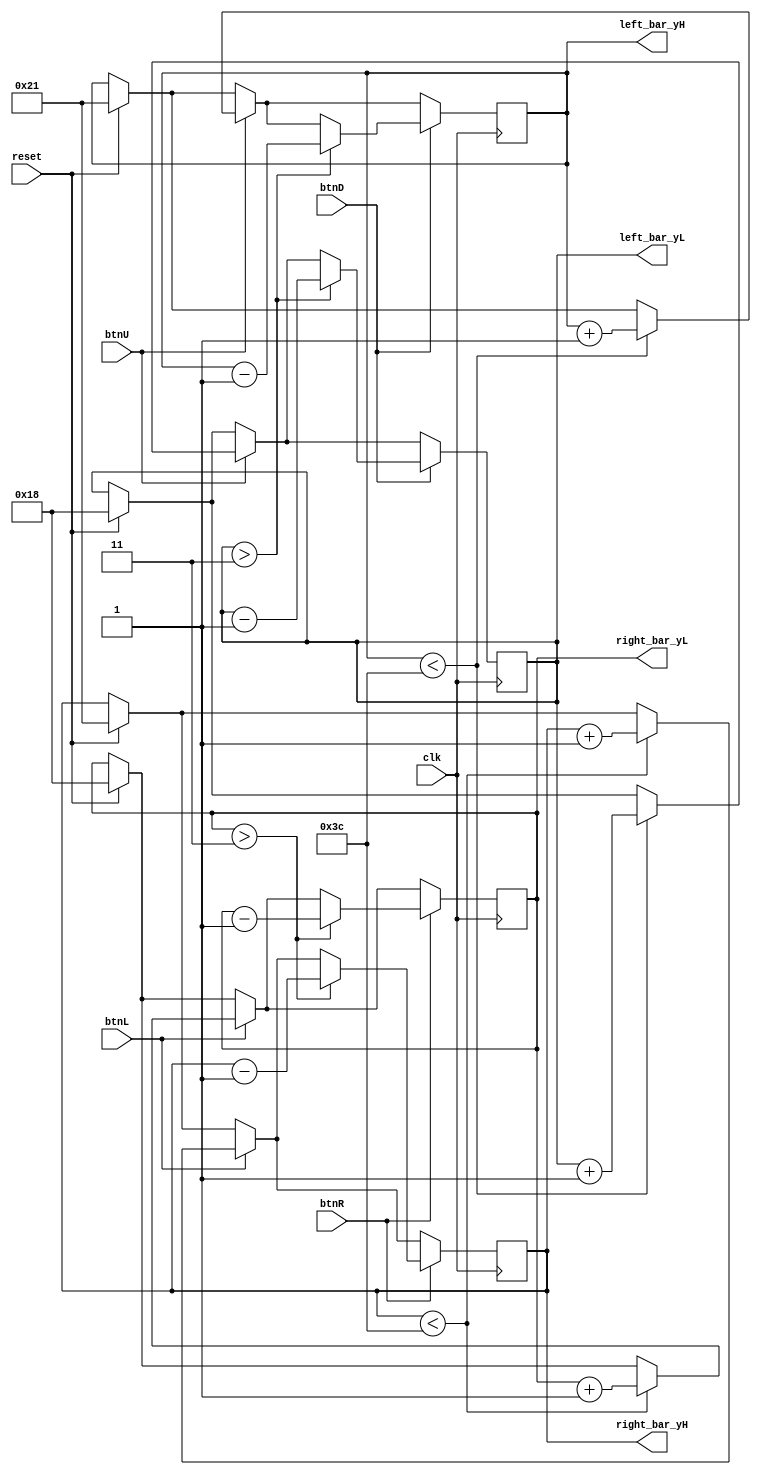
`timescale 1ns / 1ps
//////////////////////////////////////////////////////////////////////////////////
// Company: 
// Engineer: 
// 
// Design Name: 
// Module Name: buttons
// Project Name: 
// Target Devices: 
// Tool Versions: 
// Description: 
// 
// Dependencies: 
// 
// Revision:
// Revision 0.01 - File Created
// Additional Comments:
// 
//////////////////////////////////////////////////////////////////////////////////


module buttons(
    input clk,
    input btnU,
    input btnD,
    input btnL,
    input btnR,
    input reset,
    output reg [5:0] left_bar_yL = 24,
    output reg [5:0] left_bar_yH = 33,
    output reg [5:0] right_bar_yL = 24,
    output reg [5:0] right_bar_yH = 33
    );
    
    always @ (posedge clk) begin
        if (reset) begin
            left_bar_yL <= 24;
            left_bar_yH <= 33;
            right_bar_yL <= 24;
            right_bar_yH <= 33;
        end
        
        if (btnU) begin // player 1 (left) up
            if (left_bar_yH < 60) begin
               left_bar_yH <= left_bar_yH + 1;
               left_bar_yL <= left_bar_yL + 1;
               end
            end
                
        if (btnD) begin // player 1 (left) down
            if (left_bar_yL > 3) begin
               left_bar_yH <= left_bar_yH - 1;
               left_bar_yL <= left_bar_yL - 1;
            end
        end
                
        if (btnL) begin // player 2 (right) up
            if (right_bar_yH < 60) begin
                right_bar_yH <= right_bar_yH + 1;
                right_bar_yL <= right_bar_yL + 1;
            end
        end
                
        if (btnR) begin // player 2 (right) down
            if (right_bar_yL > 3) begin
                right_bar_yH <= right_bar_yH - 1;
                right_bar_yL <= right_bar_yL - 1;
            end
        end    
    end    
    
    
endmodule